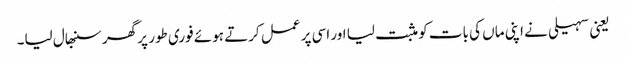
یعنی سہیلی نے اپنی ماں کی بات کو مثبت لیا اور اسی پر عمل کرتے ہوئے فوری طور پر گھر سنبھال لیا۔